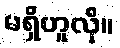
မရှိဟူလို။